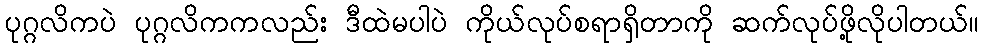
ပုဂ္ဂလိကပဲ ပုဂ္ဂလိကကလည်း ဒီထဲမပါပဲ ကိုယ်လုပ်စရာရှိတာကို ဆက်လုပ်ဖို့လိုပါတယ်။